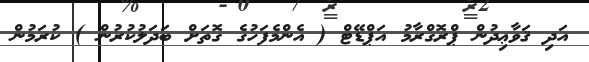
އަދި ޤަވާޢިދުން ޕްރޮގްރާމު އަޕްޑޭޓް ( އެންމެފަހުގެ ގޮތަށް ބަދަލުކުރުން ) ކުރަމުން